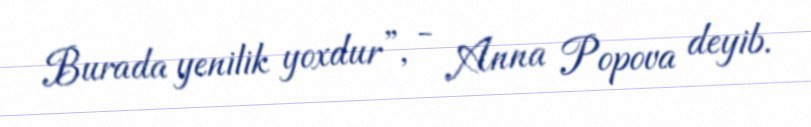
Burada yenilik yoxdur”, - Anna Popova deyib.